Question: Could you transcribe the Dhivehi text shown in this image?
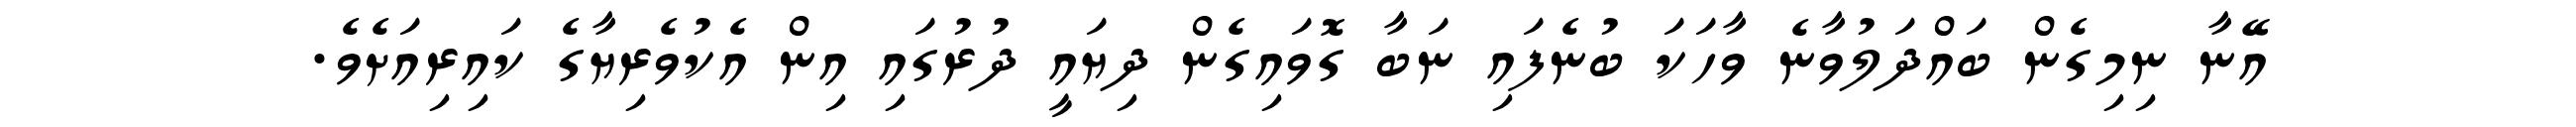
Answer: އޭނާ ނިމިގެން ބައްދަލުވާނެ ވާހަކަ ބުނެފައި ނަބާ ގޮވައިގެން ދިޔައީ ދުރުގައި އިން އެކުވެރިޔާގެ ކައިރިއަށެވެ.